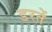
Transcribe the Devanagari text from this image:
डरतें